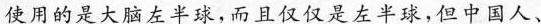
使用的是大脑左半球，而且仅仅是左，但中国人